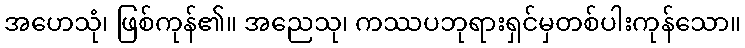
အဟေသုံ၊ ဖြစ်ကုန်၏။ အညေသု၊ ကဿပဘုရားရှင်မှတစ်ပါးကုန်သော။